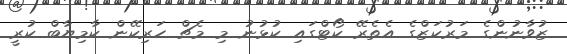
ޒުވާނުންގެ މަރުކަޒްގެ އެތެރޭ ކޯޓްގައި ކުޅުނު މި މެޗް ހަރިކޭން ކާމިޔާބް ކުރީ